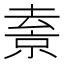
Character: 𠬇